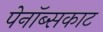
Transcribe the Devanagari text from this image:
पेनॉब्सकाट